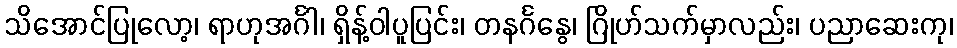
သိအောင်ပြုလော့၊ ရာဟုအင်္ဂါ၊ ရှိန့်ဝါပူပြင်း၊ တနင်္ဂနွေ၊ ဂြိုဟ်သက်မှာလည်း၊ ပညာဆေးကု၊